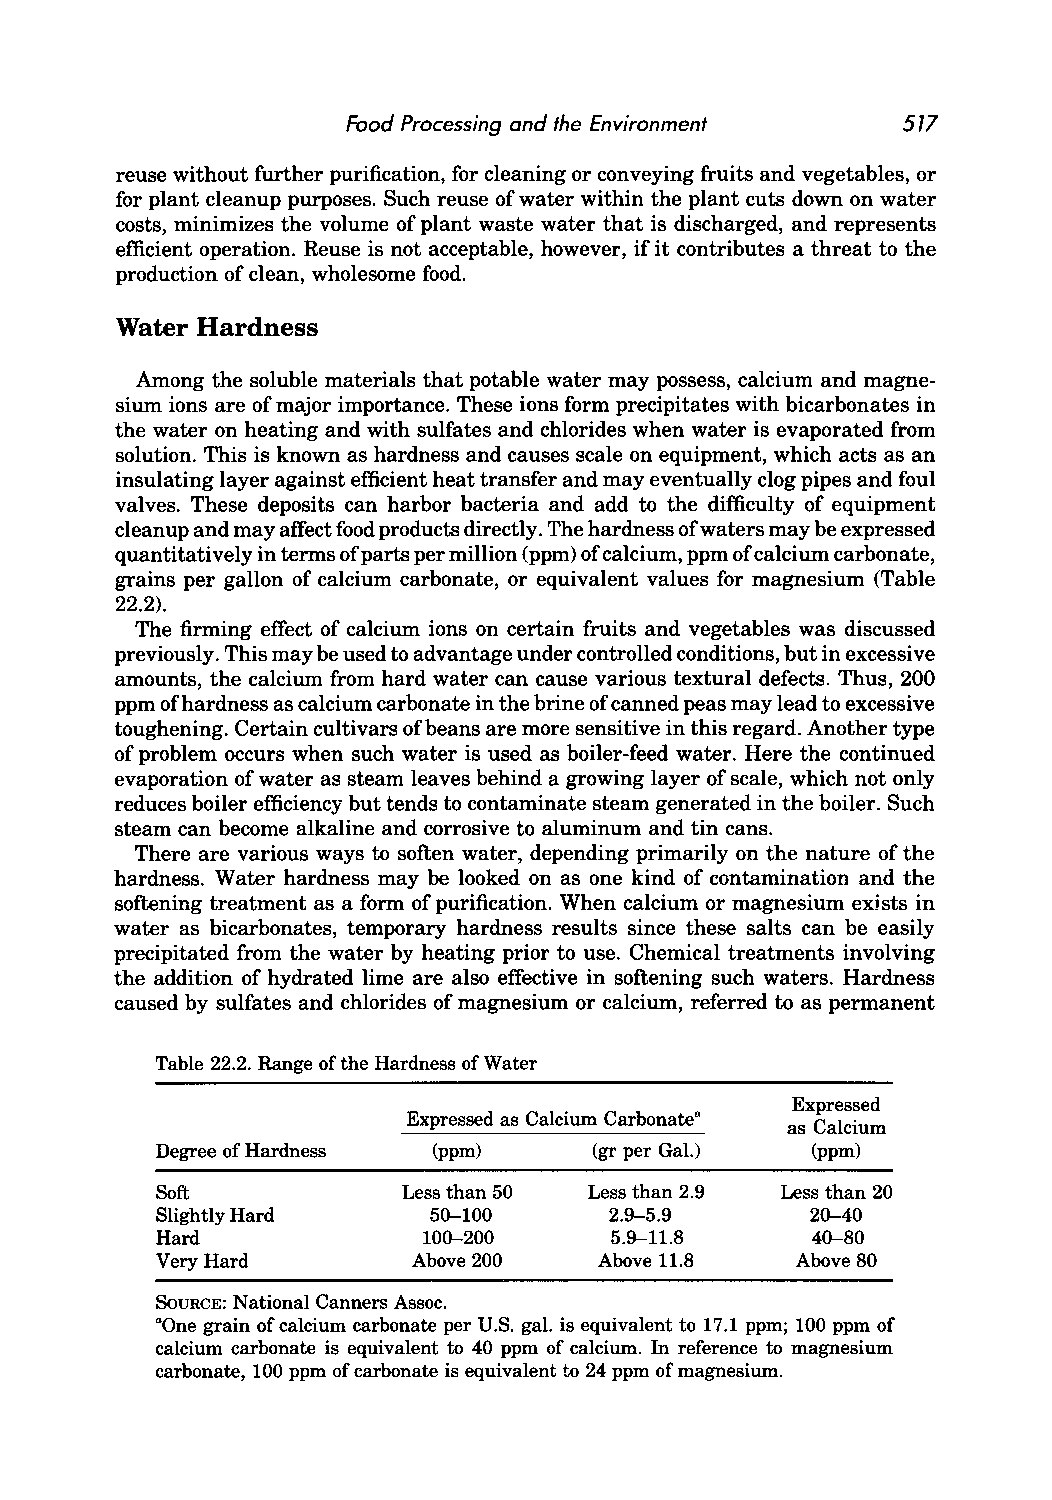
Food Processing and the Environment  517
 reuse without further purification, for cleaning or conveying fruits and vegetables, or
 for plant cleanup purposes. Such reuse of water within the plant cuts down on water
 costs, minimizes the volume of plant waste water that is discharged, and represents
 efficient operation. Reuse is not acceptable, however, if it contributes a threat to the
 production of clean, wholesome food.
 Water Hardness
 Among the soluble materials that potable water may possess, calcium and magne
 sium ions are of major importance. These ions form precipitates with bicarbonates in
 the water on heating and with sulfates and chlorides when water is evaporated from
 solution. This is known as hardness and causes scale on equipment, which acts as an
 insulating layer against efficient heat transfer and may eventually clog pipes and foul
 valves. These deposits can harbor bacteria and add to the difficulty of equipment
 cleanup and may affect food products directly. The hardness of waters may be expressed
 quantitatively in terms of parts per million (ppm) of calcium, ppm of calcium carbonate,
 grains per gallon of calcium carbonate, or equivalent values for magnesium (Table
 22.2).
 The firming effect of calcium ions on certain fruits and vegetables was discussed
 previously. This may be used to advantage under controlled conditions, but in excessive
 amounts, the calcium from hard water can cause various textural defects. Thus, 200
 ppm of hardness as calcium carbonate in the brine of canned peas may lead to excessive
 toughening. Certain cultivars of beans are more sensitive in this regard. Another type
 of problem occurs when such water is used as boiler-feed water. Here the continued
 evaporation of water as steam leaves behind a growing layer of scale, which not only
 reduces boiler efficiency but tends to contaminate steam generated in the boiler. Such
 steam can become alkaline and corrosive to aluminum and tin cans.
 There are various ways to soften water, depending primarily on the nature of the
 hardness. Water hardness may be looked on as one kind of contamination and the
 softening treatment as a form of purification. When calcium or magnesium exists in
 water as bicarbonates, temporary hardness results since these salts can be easily
 precipitated from the water by heating prior to use. Chemical treatments involving
 the addition of hydrated lime are also effective in softening such waters. Hardness
 caused by sulfates and chlorides of magnesium or calcium, referred to as permanent
 Table 22.2. Range of the Hardness of Water
 Expressed
 Expressed as Calcium Carbonate"
 as Calcium
 Degree of Hardness (ppm)     (gr per Gal.)  (ppm)
 Soft             Less than 50 Less than 2.9 Less than 20
 Slightly Hard     50-100      2.9-5.9       20-40
 Hard              100-200     5.9-11.8      40-80
 Very Hard        Above 200    Above 11.8   Above 80
 SOURCE: National Canners Assoc.
 aOne grain of calcium carbonate per U.S. gal. is equivalent to 17.1 ppm; 100 ppm of
 calcium carbonate is equivalent to 40 ppm of calcium. In reference to magnesium
 carbonate, 100 ppm of carbonate is equivalent to 24 ppm of magnesium.